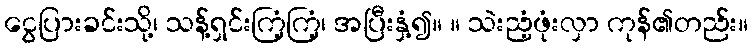
ငွေပြားခင်းသို့၊ သန့်ရှင်းကြံ့ကြံ့၊ အပြီးနှံ့၍။ ။ သဲးညံ့ဖုံးလှာ ကုန်၏တည်း။